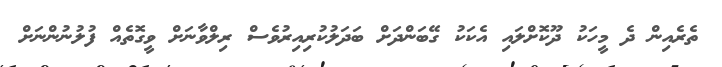
ތެރެއިން ދެ މީހަކު ދޫކޮށްލައި އެކަކު ގޭބަންދަށް ބަދަލުކުރިއިރުވެސް ރިލްވާނަށް ވީގޮތެއް ފުލުނުންނަށް